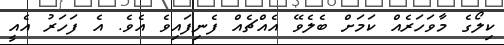
ކިލޯގެ މާވަހަރެއް ކަމަށް ބެލެވޭ އެއްޗެއް ފެނިފައިވެ އެވެ. އެ ފަހަރު އެއީ